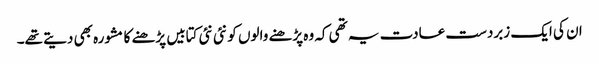
ان کی ایک زبردست عادت یہ تھی کہ وہ پڑھنے والوں کو نئی نئی کتابیں پڑھنے کا مشورہ بھی دیتے تھے۔